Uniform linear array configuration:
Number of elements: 24
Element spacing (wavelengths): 0.5
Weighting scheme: hann
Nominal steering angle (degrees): -45
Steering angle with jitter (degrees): -43.239
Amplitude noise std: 0.05
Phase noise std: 0.05

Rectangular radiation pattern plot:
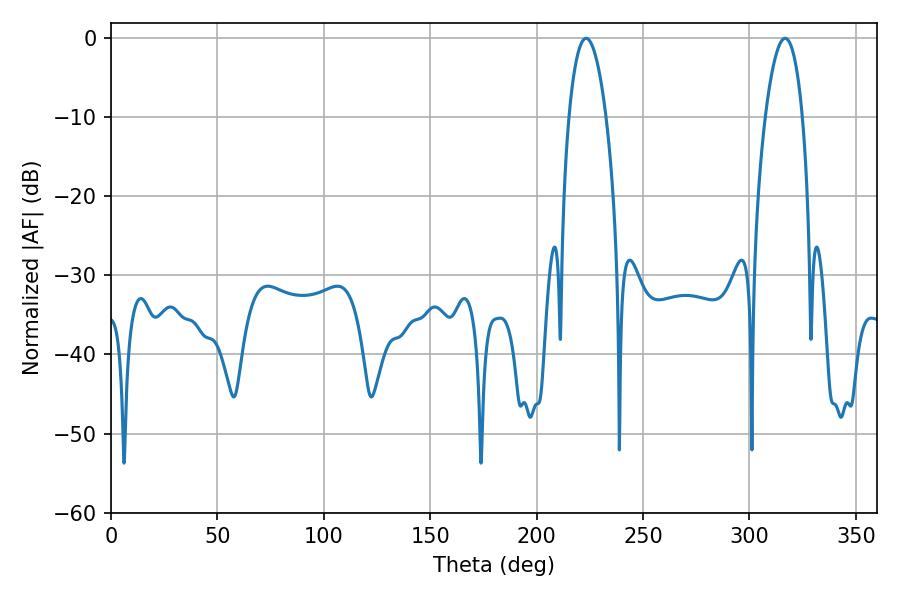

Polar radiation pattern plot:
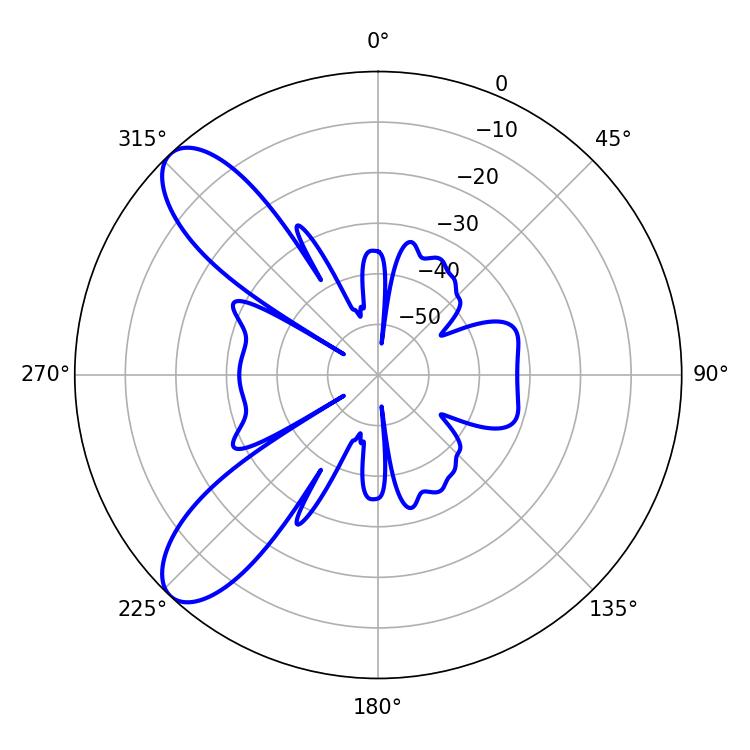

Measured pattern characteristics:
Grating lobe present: FALSE
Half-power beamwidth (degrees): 9.72
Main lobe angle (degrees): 223.2